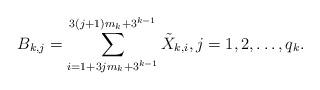
LaTeX: \begin{align*} B_{k, j} = \sum_{i = 1 + 3 j m_k + 3^{k-1}}^{ 3(j+1)m_k + 3^{k-1}}\tilde X_{k,i},j=1, 2, \ldots, q_k.\end{align*}